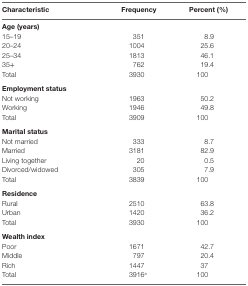
<table><thead><tr><td><b>Characteristic</b></td><td><b>Frequency</b></td><td><b>Percent (%)</b></td></tr></thead><tbody><tr><td><b>Age (years)</b></td></tr><tr><td>15–19</td><td>351</td><td>8.9</td></tr><tr><td>20–24</td><td>1004</td><td>25.6</td></tr><tr><td>25–34</td><td>1813</td><td>46.1</td></tr><tr><td>35+</td><td>762</td><td>19.4</td></tr><tr><td>Total</td><td>3930</td><td>100</td></tr><tr><td><b>Employment status</b></td></tr><tr><td>Not working</td><td>1963</td><td>50.2</td></tr><tr><td>Working</td><td>1946</td><td>49.8</td></tr><tr><td>Total</td><td>3909</td><td>100</td></tr><tr><td><b>Marital status</b></td></tr><tr><td>Not married</td><td>333</td><td>8.7</td></tr><tr><td>Married</td><td>3181</td><td>82.9</td></tr><tr><td>Living together</td><td>20</td><td>0.5</td></tr><tr><td>Divorced/widowed</td><td>305</td><td>7.9</td></tr><tr><td>Total</td><td>3839</td><td>100</td></tr><tr><td><b>Residence</b></td></tr><tr><td>Rural</td><td>2510</td><td>63.8</td></tr><tr><td>Urban</td><td>1420</td><td>36.2</td></tr><tr><td>Total</td><td>3930</td><td>100</td></tr><tr><td><b>Wealth index</b></td></tr><tr><td>Poor</td><td>1671</td><td>42.7</td></tr><tr><td>Middle</td><td>797</td><td>20.4</td></tr><tr><td>Rich</td><td>1447</td><td>37</td></tr><tr><td>Total</td><td>3916<sup>a</sup></td><td>100</td></tr></tbody></table>